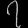
Digit: ၇